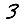
Digit: 3